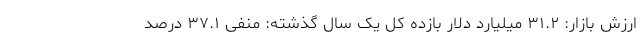
ارزش بازار: ۳۱.۲ میلیارد دلار بازده کل یک سال گذشته: منفی ۳۷.۱ درصد